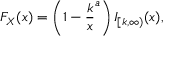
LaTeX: F _ { X } ( x ) = \left( 1 - { \frac { k } { x } } ^ { a } \right) I _ { [ k , \infty ) } ( x ) ,